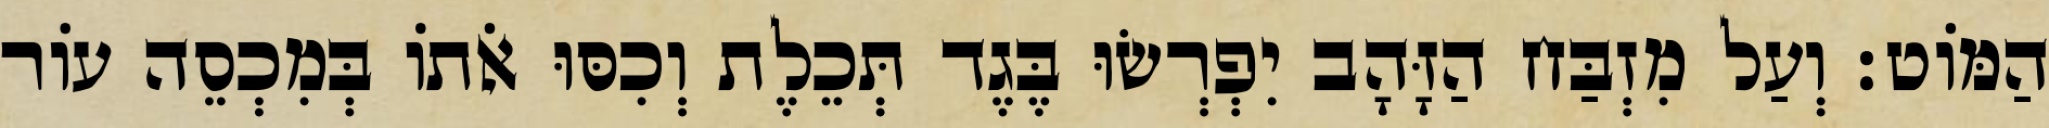
הַמּוֹט׃ וְעַל מִזְבַּח הַזָּהָב יִפְרְשׂוּ בֶּגֶד תְּכֵלֶת וְכִסּוּ אֹתוֹ בְּמִכְסֵה עוֹר